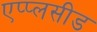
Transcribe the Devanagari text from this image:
एप्प्लसीड